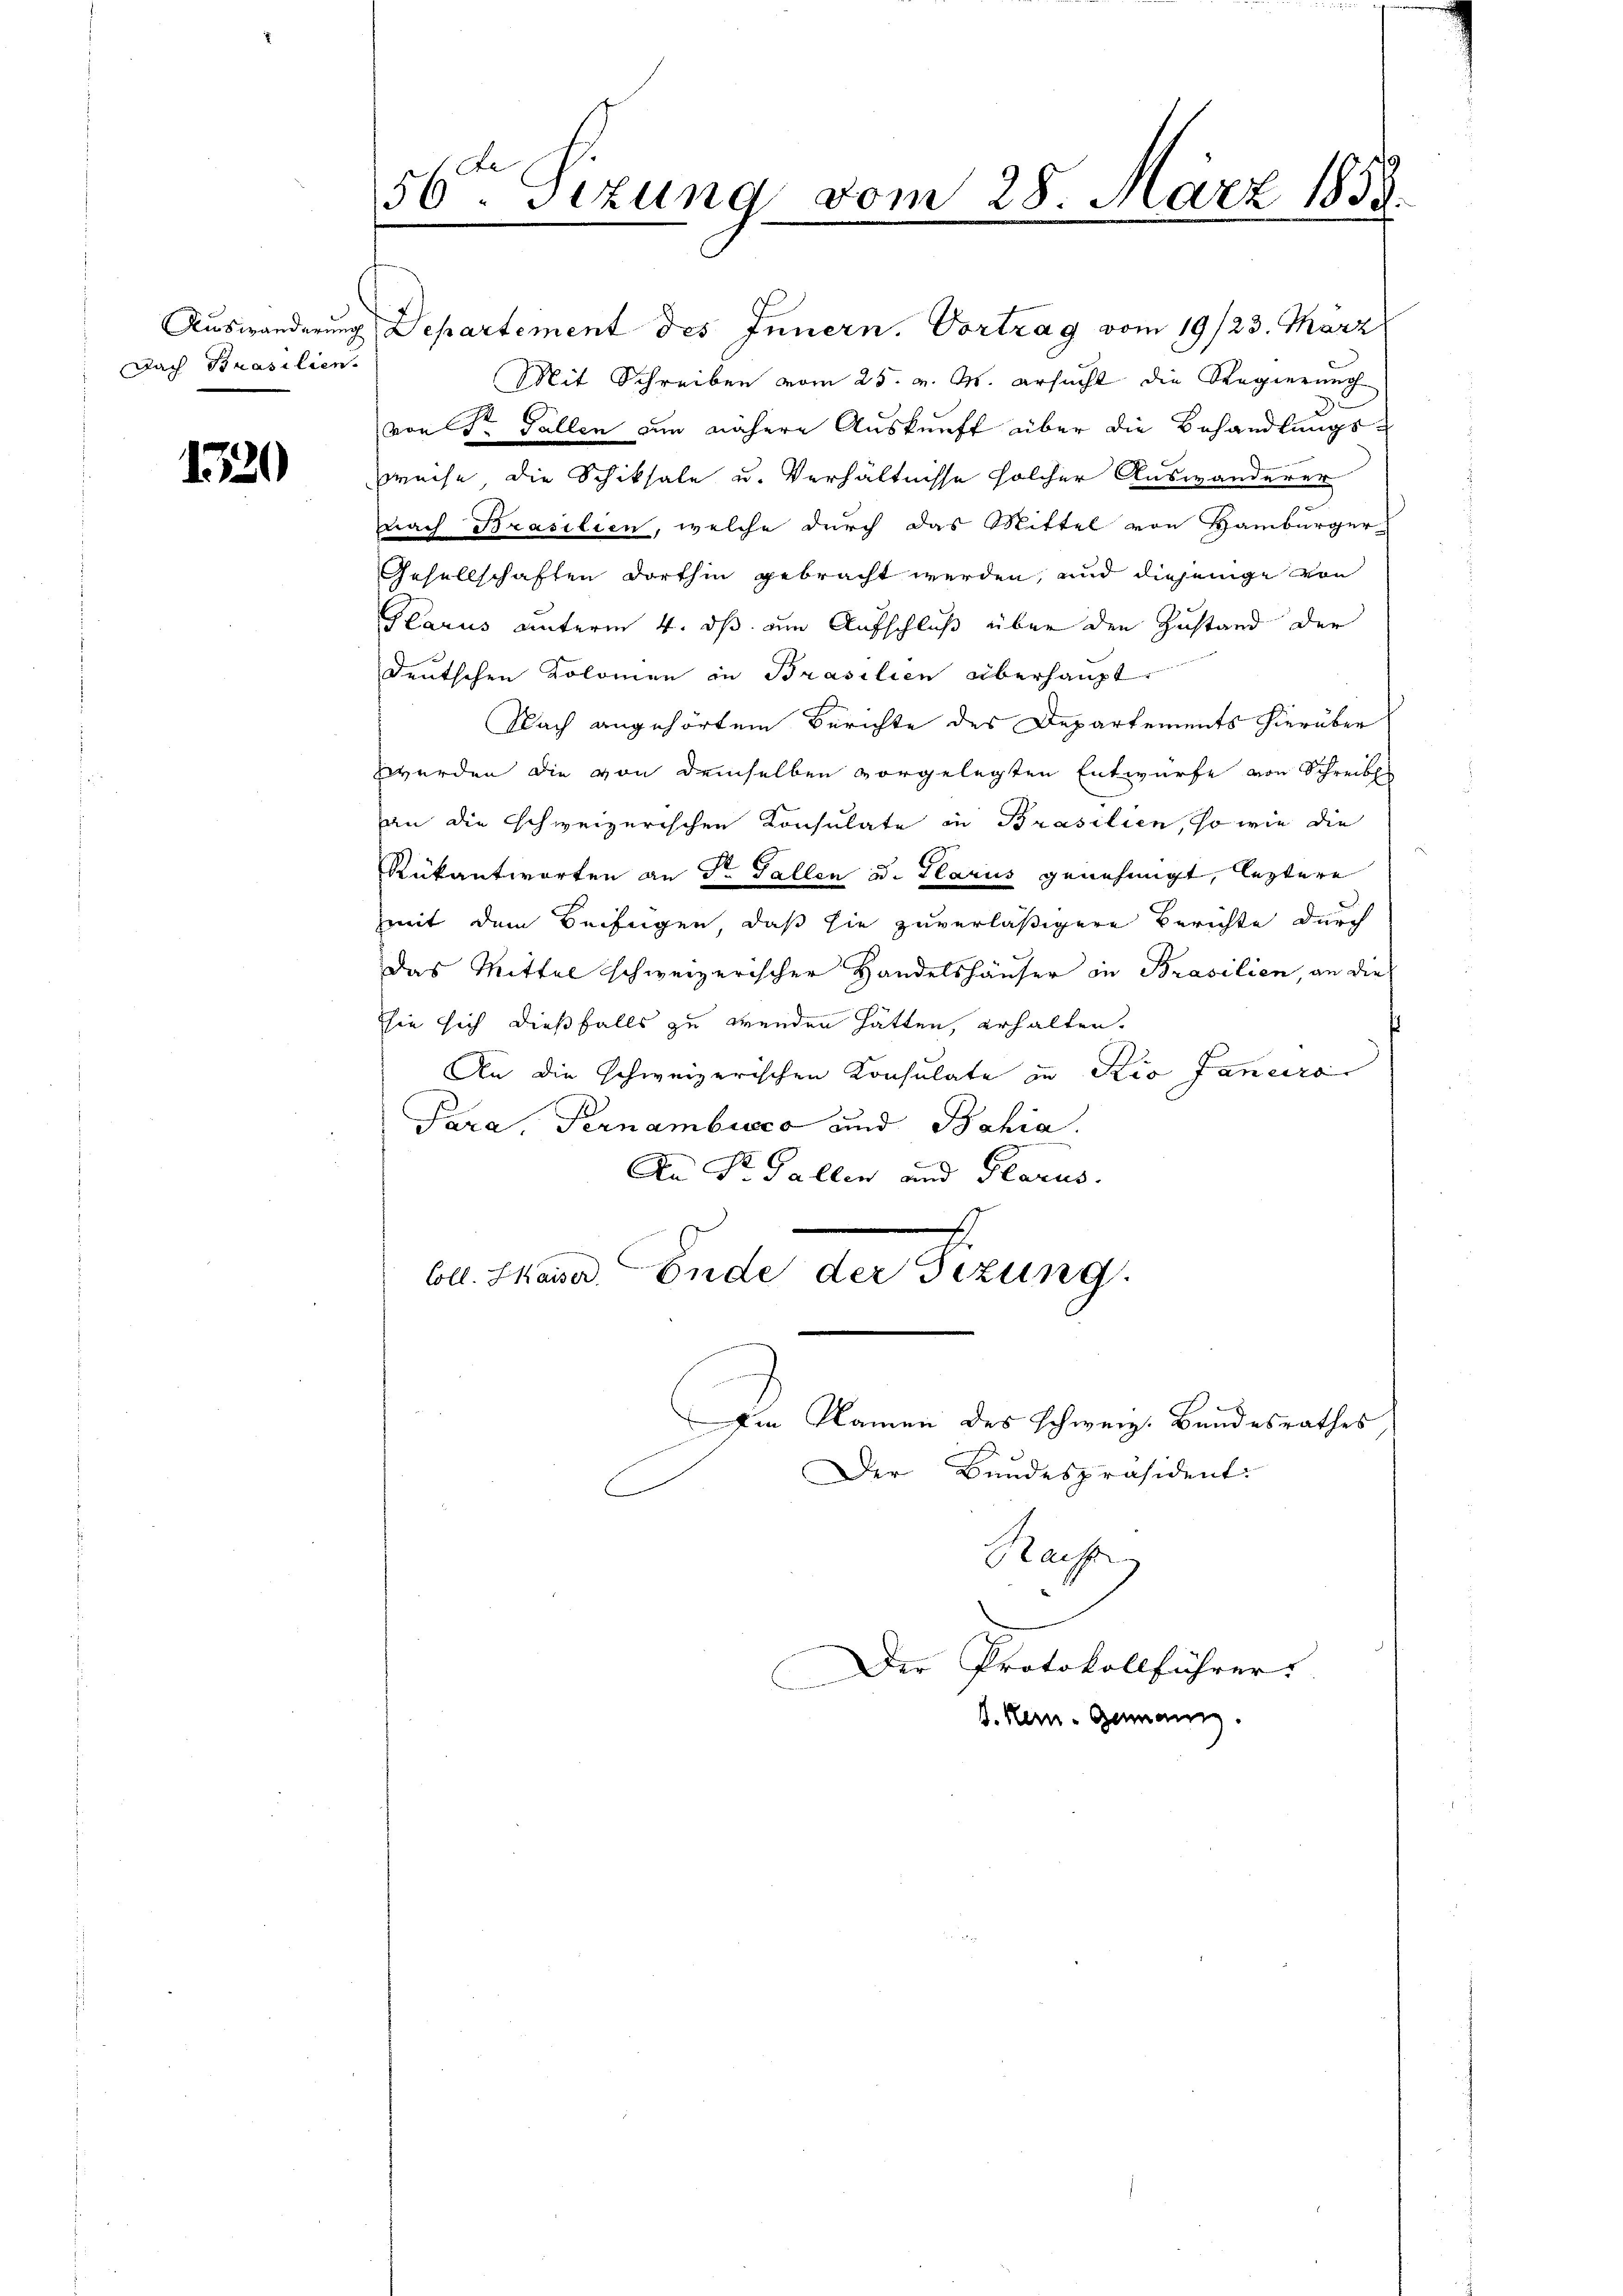
Dach Brasilien.

1520

56ten Sizung vom 28. März 1858.
1

Auswanderung Departement des Innern. Vortrag vom 19/23. März
Mit Schreiben vom 25. v. M. ersucht die Regierung
d
von St. Gallen am nähere Auskunft über die Behandlungs¬
Preise, die Schiksale u. Verhältnisse solcher Auswanderer
ach Brasilien, welche durch das Mittel von Hamburger
Gesellschaften dorthin gebracht werden, und diejenige von
Glarus unterm 4. ds um Aufschluß über den Zustand der
deutschen Kolomen in Brasilien überhaupt.
Nach angehörtem Berichte des Departements hierüber
zwerden die von demselben vorgelegten Entwurfe von Schreibes
an die schweizerischen Konsulate in Brasilien, so wie die
Rükantworten an Sr. Gallen od. Glarus genehmigt, leztere
Zeit dem Beifügen, daß sie zuverläßigere Berichte durch
das Mittel schweizerischer Handelshäuser in Brasilien, an die
sie sich dießfalls zu wenden hätten, erhalten.
An die schweizerischen Konsulate zu Sio Janeiro
Tara, Pernambucco und Bahia.
An St. Gallen und Glarus.
4
bll. Mauer Ende der Fizung.
Am Namen des schweiz. Bandesrathes
Der Bandespräsident:
Hachg
Der Protokollführer
.
D. Kern Genann